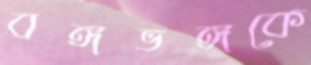
বঙ্গভঙ্গকে